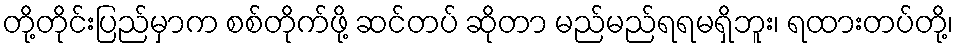
တို့တိုင်းပြည်မှာက စစ်တိုက်ဖို့ ဆင်တပ် ဆိုတာ မည်မည်ရရမရှိဘူး၊ ရထားတပ်တို့၊